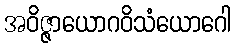
အဝိဇ္ဇာယောဂဝိသံယောဂေါ